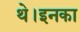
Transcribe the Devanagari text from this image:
थे।इनका